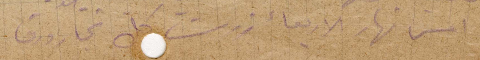
امس نهار الأربعاء زرت كل تجار ورق